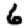
Digit: 6